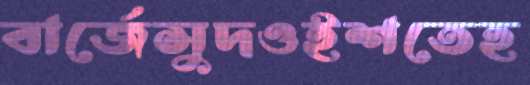
বার্জেসুদওইশতেহ